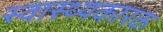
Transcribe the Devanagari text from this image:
स्वास्थ्यकारक